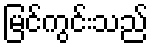
မြင်ကွင်းသည်